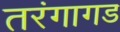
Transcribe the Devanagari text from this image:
तरंगागड